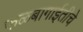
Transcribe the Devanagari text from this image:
फळबागाईतीचे